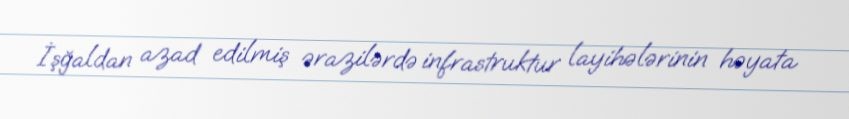
İşğaldan azad edilmiş ərazilərdə infrastruktur layihələrinin həyata